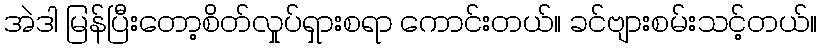
အဲဒါ မြန်ပြီးတော့စိတ်လှုပ်ရှားစရာ ကောင်းတယ်။ ခင်ဗျားစမ်းသင့်တယ်။